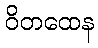
ဝိတထေန